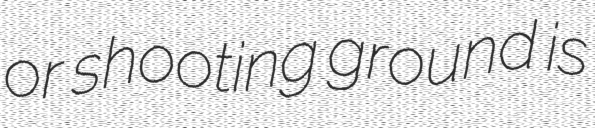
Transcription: or shooting ground is